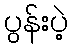
ပွန်းပဲ့